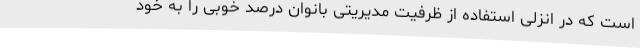
است که در انزلی استفاده از ظرفیت مدیریتی بانوان درصد خوبی را به خود